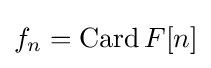
f_{n}=\operatorname {Card} F[n]